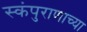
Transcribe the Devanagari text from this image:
स्कंपुराणाच्या